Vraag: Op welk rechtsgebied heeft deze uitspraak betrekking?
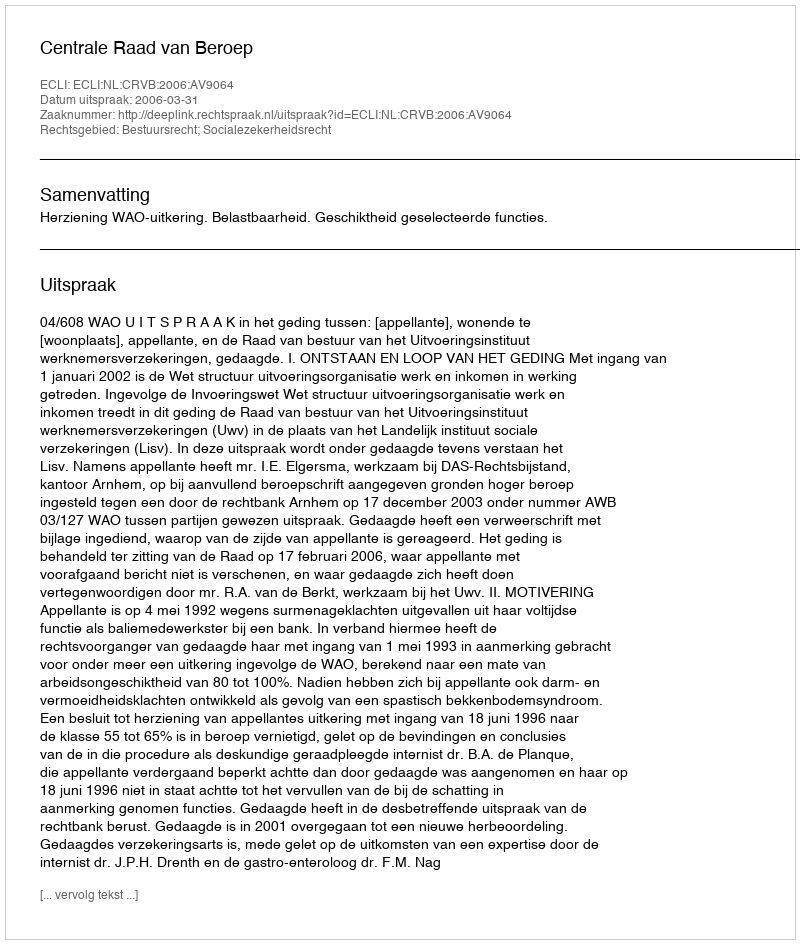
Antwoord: Bestuursrecht; Socialezekerheidsrecht